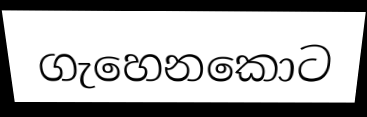
ගැහෙනකොට